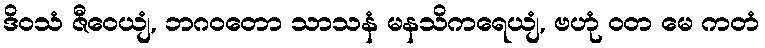
ဒိဝသံ ဇီဝေယျံ, ဘဂဝတော သာသနံ မနသိကရေယျံ, ဗဟုံ ဝတ မေ ကတံ